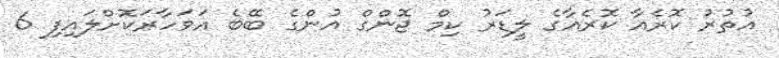
އުތުރު ކޮރެއާ ކޮރެއާގެ ލީޑަރު ކިމް ޖޮންގް އުންގެ ބޭބެ އަވަހާރަކޮށްލައިފި 6